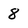
Character: 8